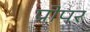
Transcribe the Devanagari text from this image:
प्रोपर